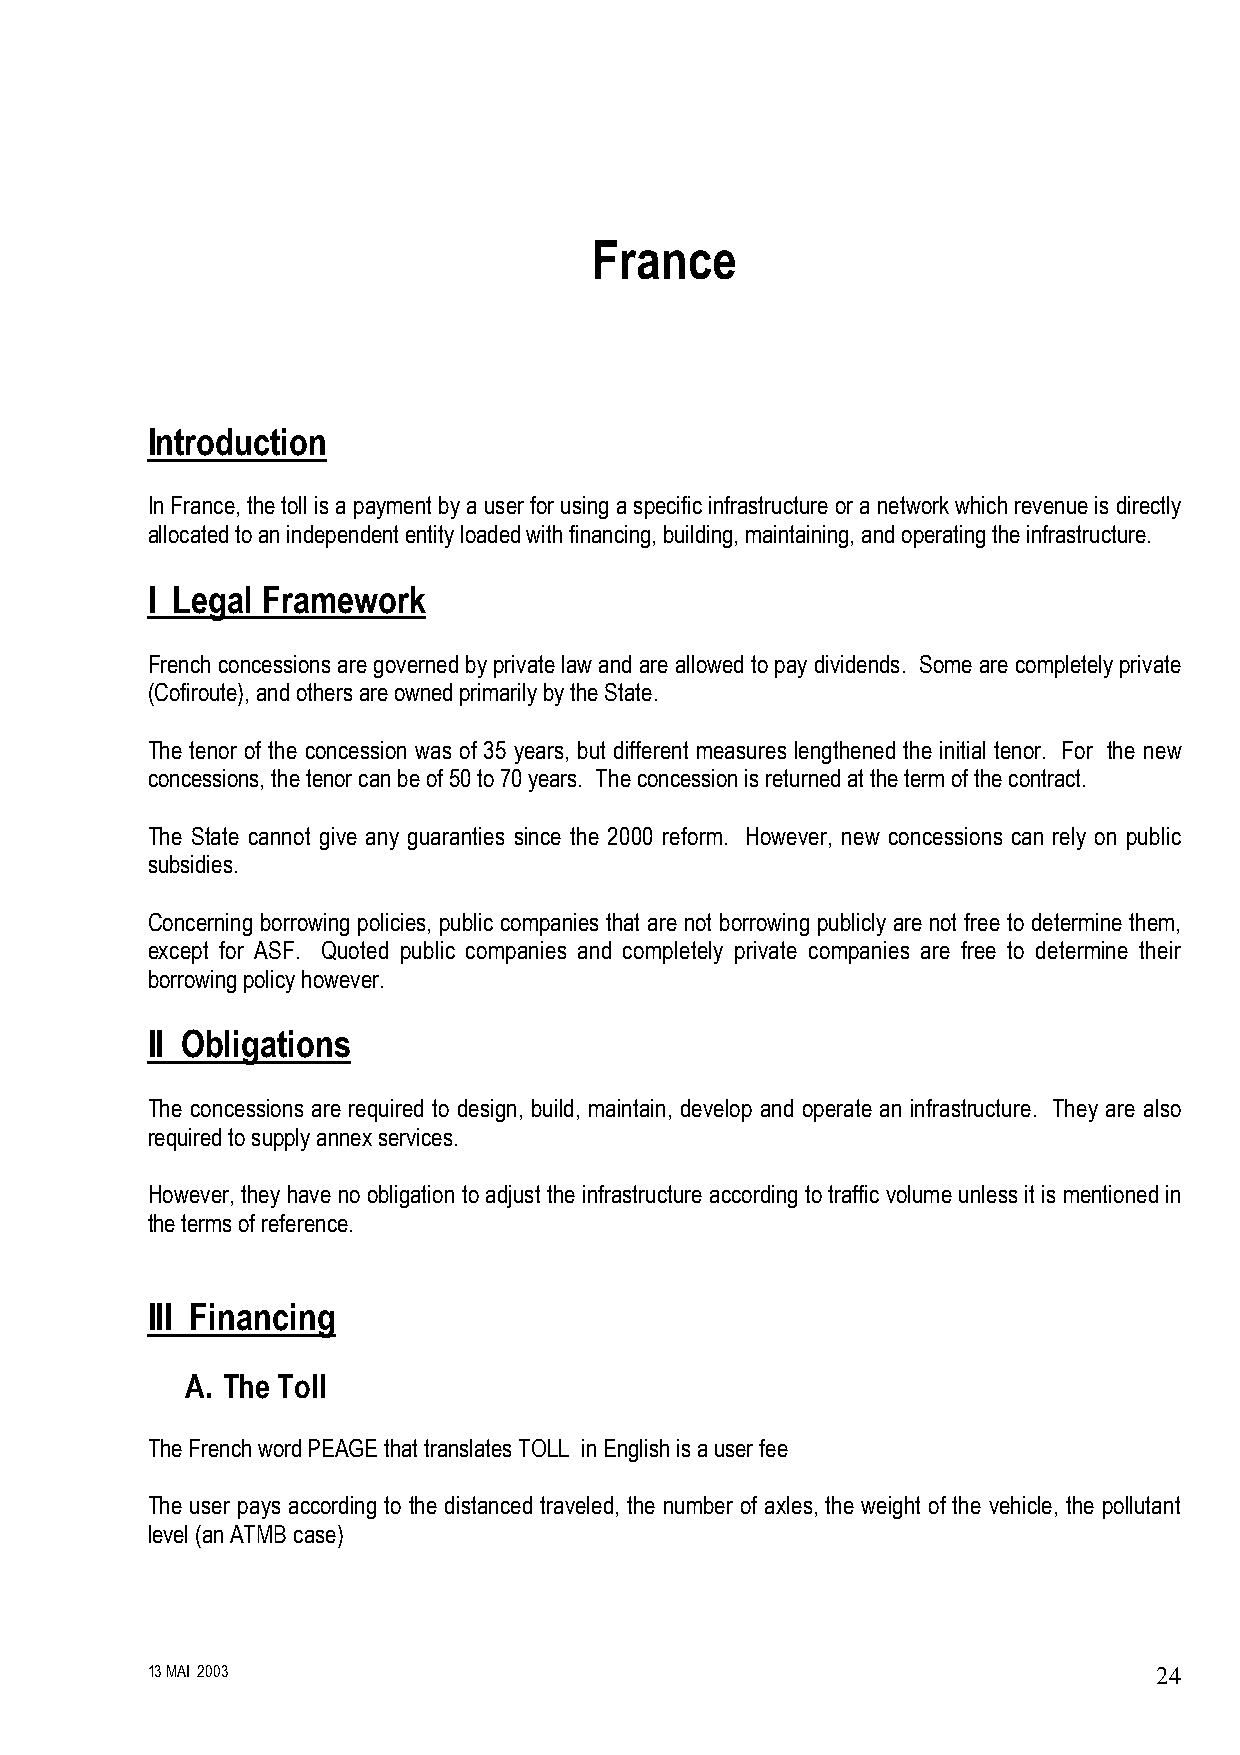
France
 Introduction
 In France, the toll is a payment by a user for using a specific infrastructure or a network which revenue is directly
 allocated to an independent entity loaded with financing, building, maintaining, and operating the infrastructure.
 I Legal Framework
 French concessions are governed by private law and are allowed to pay dividends. Some are completely private
 (Cofiroute), and others are owned primarily by the State.
 The tenor of the concession was of 35 years, but different measures lengthened the initial tenor. For the new
 concessions, the tenor can be of 50 to 70 years. The concession is returned at the term of the contract.
 The State cannot give any guaranties since the 2000 reform. However, new concessions can rely on public
 subsidies.
 Concerning borrowing policies, public companies that are not borrowing publicly are not free to determine them,
 except for ASF. Quoted public companies and completely private companies are free to determine their
 borrowing policy however.
 II Obligations
 The concessions are required to design, build, maintain, develop and operate an infrastructure. They are also
 required to supply annex services.
 However, they have no obligation to adjust the infrastructure according to traffic volume unless it is mentioned in
 the terms of reference.
 III Financing
 A. The Toll
 The French word PEAGE that translates TOLL in English is a user fee
 The user pays according to the distanced traveled, the number of axles, the weight of the vehicle, the pollutant
 level (an ATMB case)
 13 MAI 2003                                                        24